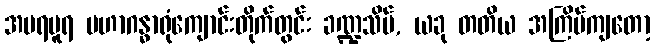
အမရပူရ မဟာဂန္ဓာရုံကျောင်းတိုက်တွင်း ခဏ္ဍသိမ်, ယခု တတိယ အကြိမ်ကျတော့